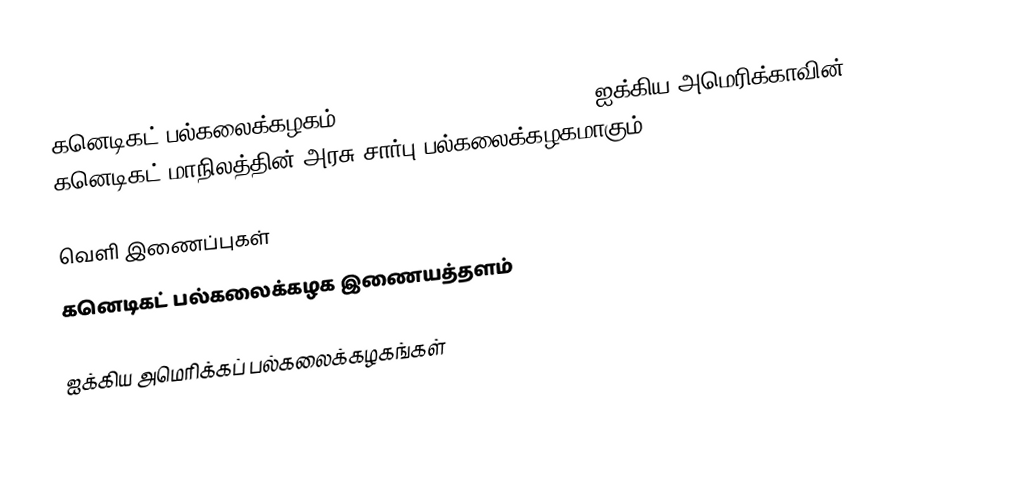
கனெடிகட் பல்கலைக்கழகம் (University of Connecticut), ஐக்கிய அமெரிக்காவின் கனெடிகட் மாநிலத்தின் அரசு சார்பு பல்கலைக்கழகமாகும்.

வெளி இணைப்புகள்
கனெடிகட் பல்கலைக்கழக இணையத்தளம்

ஐக்கிய அமெரிக்கப் பல்கலைக்கழகங்கள்